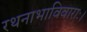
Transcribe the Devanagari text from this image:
रथनाभाविवाराः।